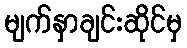
မျက်နှာချင်းဆိုင်မှ